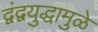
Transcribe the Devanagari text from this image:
द्वंद्वयुद्धामुळे